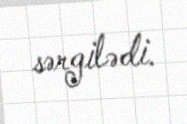
sərgilədi.